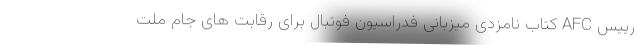
رییس AFC کتاب نامزدی میزبانی فدراسیون فوتبال برای رقابت های جام ملت